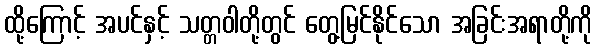
ထို့ကြောင့် အပင်နှင့် သတ္တဝါတို့တွင် တွေ့မြင်နိုင်သော အခြင်းအရာတို့ကို